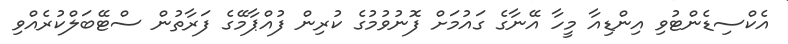
އެކްސިޑެންޓުވި އިންޑިއާ މީހާ އޭނާގެ ގައުމަށް ފޮނުވުމުގެ ކުރިން ފުއްޕާމޭގެ ފަރާތުން ސްޓޭބަލްކުރެއްވި